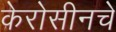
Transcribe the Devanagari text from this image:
केरोसीनचे